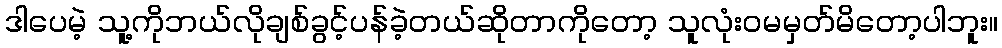
ဒါပေမဲ့ သူ့ကိုဘယ်လိုချစ်ခွင့်ပန်ခဲ့တယ်ဆိုတာကိုတော့ သူလုံးဝမမှတ်မိတော့ပါဘူး။